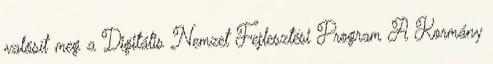
valósít meg a Digitális Nemzet Fejlesztési Program A Kormány